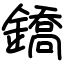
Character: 鐈